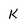
Character: k